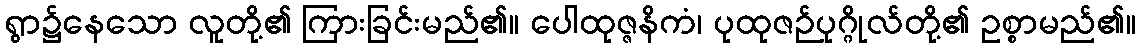
ရွာ၌နေသော လူတို့၏ ကြားခြင်းမည်၏။ ပေါထုဇ္ဇနိကံ၊ ပုထုဇဉ်ပုဂ္ဂိုလ်တို့၏ ဥစ္စာမည်၏။